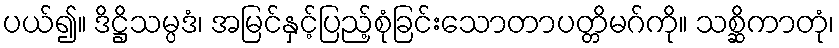
ပယ်၍။ ဒိဋ္ဌိသမ္ပဒံ၊ အမြင်နှင့်ပြည့်စုံခြင်းသောတာပတ္တိမဂ်ကို။ သစ္ဆိကာတုံ၊